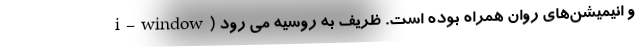
i-window) و انیمیشن‌های روان همراه بوده است. ظریف به روسیه می رود